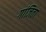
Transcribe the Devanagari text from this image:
गांजिता